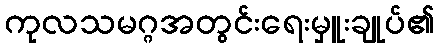
ကုလသမဂ္ဂအတွင်းရေးမှူးချုပ်၏